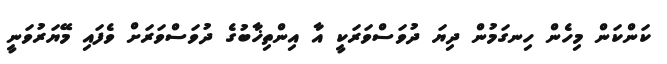
ކަންކަން މިހެން ހިނގަމުން ދިޔަ ދުވަސްވަރަކީ އާ އިންތިޚާބުގެ ދުވަސްވަރަށް ވެފައި މޭޔަރުވަނީ